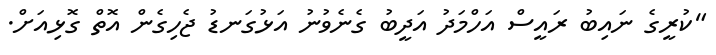
"ކުރީގެ ނައިބު ރައީސް އަހްމަދު އަދީބު ގެނެވުނު އަޅުގަނޑު ޖެހިގެން އޮތް ގޮޅިއަށް.